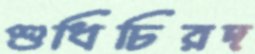
শুধিচিরদ